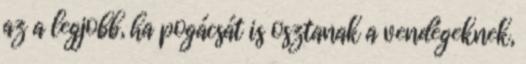
az a legjobb, ha pogácsát is osztanak a vendégeknek,